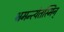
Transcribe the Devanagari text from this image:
भ्रमन्त्येतस्मिन्